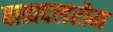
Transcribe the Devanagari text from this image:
बाह्यदलरोम